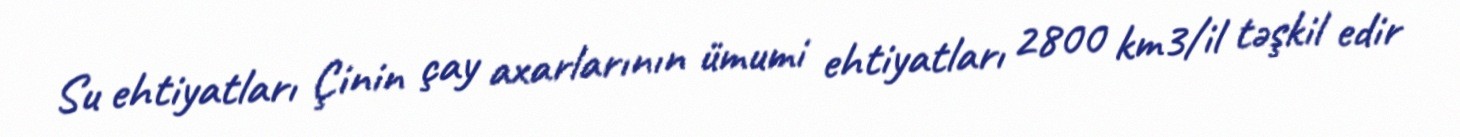
Su ehtiyatları Çinin çay axarlarının ümumi ehtiyatları 2800 km3/il təşkil edir